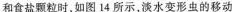
和食盐颗粒时，如图14所示，淡水变形虫的移动